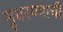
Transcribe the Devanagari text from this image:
सुधरण्याची